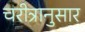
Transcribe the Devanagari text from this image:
चरीत्रानुसार